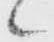
々